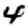
Digit: 4